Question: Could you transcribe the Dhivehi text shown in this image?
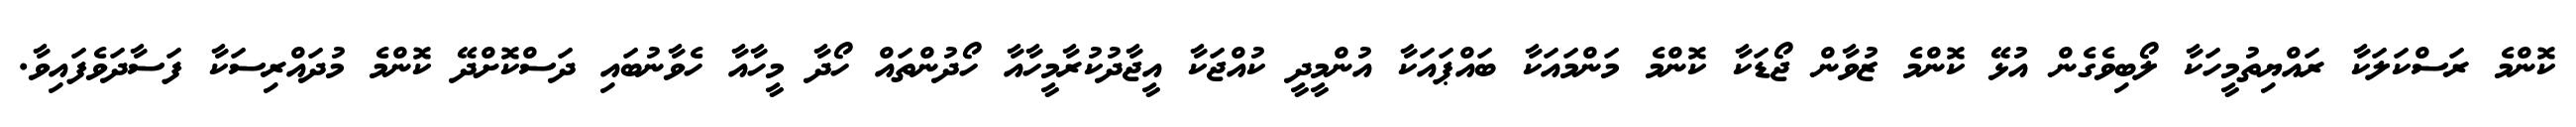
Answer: ކޮންމެ ރަސްކަލަކާ ރައްޔިތުމީހަކާ ލޯބިވެގެން އުޅޭ ކޮންމެ ޒުވާން ޖޯޑަކާ ކޮންމެ މަންމައަކާ ބައްޕައަކާ އުންމީދީ ކުއްޖަކާ އީޖާދުކުރާމީހާއާ ހޯދުންތައް ހޯދާ މީހާއާ ހެވާނުބައި ދަސްކޮށްދޭ ކޮންމެ މުދައްރިސަކާ ފަސާދަވެފައިވާ.